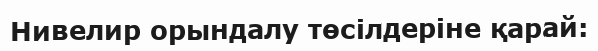
Нивелир орындалу төсілдеріне қарай: